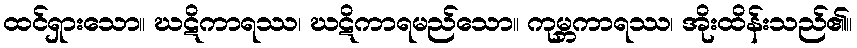
ထင်ရှားသော။ ဃဋိကာရဿ၊ ဃဋိကာရမည်သော။ ကုမ္ဘကာရဿ၊ အိုးထိန်းသည်၏။